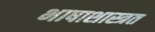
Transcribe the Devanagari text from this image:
भाषाशास्त्रत